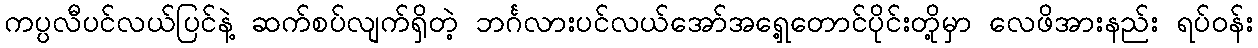
ကပ္ပလီပင်လယ်ပြင်နဲ့ ဆက်စပ်လျက်ရှိတဲ့ ဘင်္ဂလားပင်လယ်အော်အရှေ့တောင်ပိုင်းတို့မှာ လေဖိအားနည်း ရပ်ဝန်း